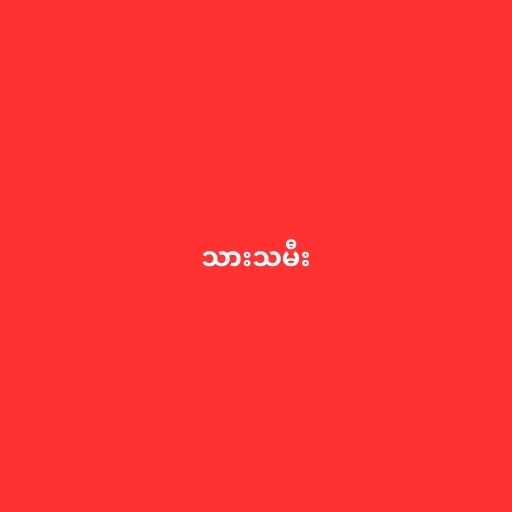
သားသမီး